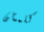
كلمتان